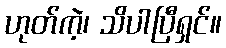
ဟုတ်ကဲ့၊ သိပါပြီရှင်။